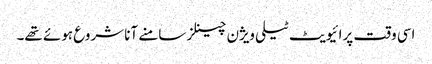
اسی وقت پرائیویٹ ٹیلی ویژن چینلز سامنے آنا شروع ہوئے تھے۔